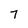
Character: 7